Vital statistics of India. Vol. IV, Annual returns from 1871 to 1876. British Army of India, Native Army and jails of Bengal
Year: 1871
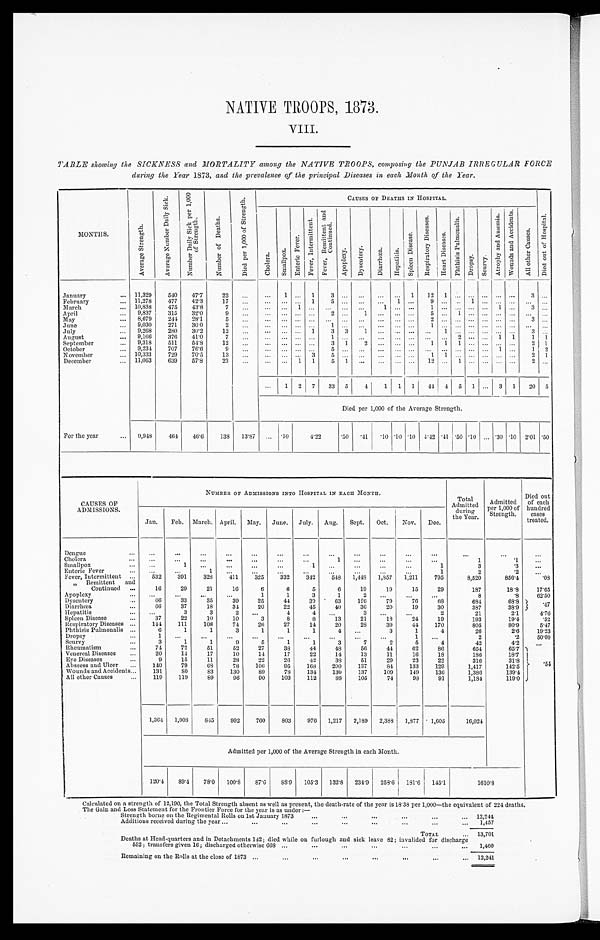
NATIVE TROOPS, 1873.
VIII.
TABLE showing the SICKNESS and MORTALITY among the NATIVE TROOPS, composing the PUNJAB IRREGULAR FORCE
during the Year 1873, and the prevalence of the principal Diseases in each Month of the Year.
MONTHS.
A v e r a g e S t r e n g t h .
A v e r a g e N u m b e r D a i l y S i c k .
N u m b e r D a i l y S i c k p e r 1 , 0 0 0 o f S t r e n g t h .
N u m b e r o f D e a t h s .
D i e d p e r 1 , 0 0 0 o f S t r e n g t h .
CAUSES OF DEATHS IN HOSPITAL.
D i e d o u t o f H o s p i t a l .
C h o l e r a .
S m a l l p o x .
E n t e r i c F e v e r .
F e v e r , I n t e r m i t t e n t .
F e v e r , R e m i t t e n t a n d C o n t i n u e d .
A p o p l e x y .
D y s e n t e r y .
D i a r r h œ a .
H e p a t i t i s .
S p l e e n D i s e a s e .
R e s p i r a t o r y D i s e a s e s .
H e a r t D i s e a s e s .
P h t h i s i s P u l m o n a l i s .
D r o p s y .
S c u r v y .
A t r o p h y a n d A n œ m i a .
W o u n d s a n d A c c i d e n t s .
A l l o t h e r C a u s e s .
January . . .
11,329
540
47.7
22
. . .
. . .
1
. . . 1
3
. . . . . .
. . . . . .
1 12 1
. . . . . .
. . . . . . . . .
3
. . .
February . . .
11,278
477
42.3
17
. . .
. . .
. . . . . . 1
5
. . . . . .
. . . 1
. . .
9 . . .
. . . 1 . . . . . . . . .
. . .
. . .
March . . .
10,838
475
43.8
7
. . .
. . .
. . . 1
. . .
. . .
. . . . . .
1 . . .
. . .
1 . . .
. . . . . . . . . 1 . . .
3
. . .
April . . .
9,837
315
32.0
9
. . .
. . .
. . .
. . .
. . .
2
. . .
1
. . .
. . .
. . .
5 . . . 1
. . . . . .. . . . . .
. . .
. . .
May . . .
8,679
244
28.1
5
. . .
. . .
. . .
. . .
. . .
. . .
. . .
. . .
. . .
. . .
. . .
2 . . .
. . .
. . . . . . . . . . . . 3
. . .
June . . .
9,030
271
30.0
2
. . .
. . .
. . .
. . .
. . .
1
. . .
. . .
. . . . . .
. . . 1 . . .
. . .
. . . . . . . . . . . .
. . .
. . .
July . . .
9,268
280
30.2
12
. . .
. . .
. . .
. . . 1
3 3
1
. . .
. . .
. . .
. . .
1
. . .
. . . . . . . . . . . . 3
. . .
August . . .
9,166
376
41.0
7
. . .
. . .
. . .
. . .
. . .
1
. . .
. . .
. . . . . .
. . . . . . . . .
2 . . . . . . 1 1
1 1
September . . .
9,318
511
54.8
12
. . .
. . .
. . .
. . .
. . .
3 1
2
. . .
. . .
. . . 1 1
1 . . .
. . .
. . . . . .
2 1
October . . .
9,234
707
76.6
9
. . .
. . .
. . .
. . .
. . .
5
. . .
. . .
. . .
. . .
. . .
. . .
. . .
. . .
. . . . . . 1 . . .
1 2
November . . .
10,333
729
70.5
13
. . .
. . .
. . . . . . 3
5
. . .
. . .
. . . . . . . . .
1 1
. . . . . . . . .. . . . . .
2 1
December . . .
11,063
639
57.8
23
. . .
. . .
. . . 1
1
5
1
. . .
. . . . . .
. . .
1 2 . . .
1 . . . . . .
. . . . . .
2
. . .
. . .
1 2 7
33 5
4
1 1 1
44 4 5 1
. . . 3 1
20 5
Died per 1,000 of the Average Strength.
For the year . . .
9,948
464
46.6
138 13.87
. . . .10
4.22
.50
. 4 1 .10 .10 .10 4.42
. 4 1 .50 .10
. . . .30 .10 2.01 .50
CAUSES OF
ADMISSIONS.
NUMBER OF ADMISSIONS INTO H OSPITAL IN EACH MONTH.
Total
A d m i t t e d d u r i n g
the Year.
Admitted
per 1,
0 0 0 o f S t r e n g t h .
Died out
of each
hundred
cases
treated.
Jan.
Feb. March. April. May. June. July. Aug.
Sept.
Oct.
Nov.
Dec.
Dengue . . .
. . .
. . .
. . .
. . .
. . .
. . .
. . .
. . .
. . .
. . .
. . .
. . .
. . .
. . .
. . .
C holera . . .
. . .
. . .
. . .
. . .
. . .
. . .
. . .
1
. . .
. . .
. . .
. . .
1
.1
. . .
Smallpox . . .
. . .
1
. . .
. . .
. . .
. . .
1
. . .
. . .
. . .
. . .
1
3
.3
. . .
Enteric Fever . . .
. . .
. . .
1
. . .
. . .
. . .
. . .
. . .
. . .
. . . . . .
1
2
.2
. . .
Fever, Intermittent . . .
532
391
328
411
325
332
342
548
1,448
1,857
1,211
795
8,520
856.4
.08
" Remittent and
Continued . . .
16
29
21
16
6
6
5
6
19
19
15
29
187
18.8
17.65
Apoplexy . . .
. . .
. . .
. . .
. . .
1
1
3
1
2
. . . . . .
. . .
8
.8
62.50
Dysentery . . .
66
33
35
39
25
44
30
63
126
79
76
6 8
684
68.8
. 4 7
Diarrhœa . . .
66
37
18
34
20
22
45
40
36
20
19
30
387
38.9
Hepatitis . . .
. . .
3
3
2
. . .
4
4
. . .
3
. . . . . .
2
21
2.1
4.76
Spleen Disease . . .
37
22
10
10
3
8
8
1
21
1 8
24
19
193
19.4
.52
Respiratory Diseases . . .
144
111
108
74
26
27
14
20
28
39
44
170
805
80.9
5.47
Phthisis Pulmonalis . . .
6
1
1
3
1
1
1
4
. . .
3
1
4
26
2.6
19.23
D ropsy . . .
1
. . .
. . .
. . .
. . .
. . .
. . .
. . .
. . .
. . .
1
. . .
2
.2
50.00
Scurvy . . .
3
1
1
9
5
1
1
3
7
2
5
4
42
4.2
. . .
Rheumatism . . .
74
72
51
52
27
38
44
48
56
44
62
86
654
65.7 .54
Venereal Diseases . . .
20
14
17
10
14
17
22
14
13
11
16
18
186
18.7
Eye Diseases . . .
9
15
11
28
22
26
42
38
51
29
23
22
316
31.8
Abscess and Ulcer . . .
140
79
65
78
106
95
168
200
137
84
133
129
1,417
142.5
Wounds and Accidents . . .
131
8 0
83
130
89
78
134
130
137
109
149
136
1,386
139.4
All other Causes . . .
119
119
89
96
90
103
112
88
105
74
98
91
1,184
119.0
1,364
1,008
845
992
760
803
976 1,217
2,189
2,388 1,877
1,605
16,024
Admitted per 1,000 of the Average Strength in each Month.
120.4
89.4
78.0
100.8
87.6
88.9
105.3
132.8 234.9
258.6
181.6
1 4 5 . 1
1 6 1 0 . 8
Calculated on a strength of 12,190, the Total Strength absent as well as present, the death-rate of the year is 18.38 per 1,000—the equivalent of 224 deaths.
The Gain and Loss Statement for the Frontier Force for the Year is as
under:—
S t r e n g t h b o r n e o n t h e R e g i m e n t a l R o l l s o n 1 s t J a n u a r y 1 8 7 3 . . .
1 2 , 2 4 4
Additions received during the year . . .
1,457
TOTAL . . .
1 3 , 7 0 1
Deaths at Head-quarters and in Detachments 142; died while on furlough and sick leave 82; invalided for discharge
552; transfers given 16; discharged otherwise 668 . . .
1 , 4 6 0
Remaining on the Rolls at the close of 1873 . . .
1 2 , 2 4 1